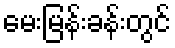
မေးမြန်းခန်းတွင်